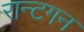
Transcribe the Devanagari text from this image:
रान्टगन